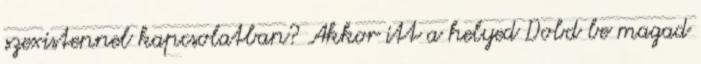
szexistennel kapcsolatban? Akkor itt a helyed Dobd be magad